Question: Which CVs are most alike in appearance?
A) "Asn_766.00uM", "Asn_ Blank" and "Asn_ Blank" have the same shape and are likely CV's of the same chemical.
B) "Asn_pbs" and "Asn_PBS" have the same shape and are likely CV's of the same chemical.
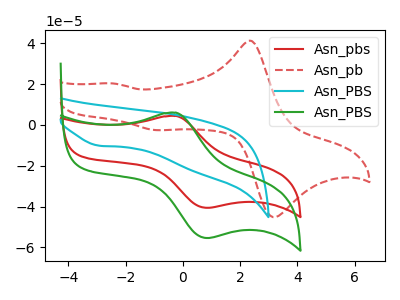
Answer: <think>The red curve "Asn_pbs" has an anodic peak at (-0.25V, 4.40uA) and a cathodic peak at (0.85V, -40.60uA). The red dashed curve "Asn_pb" has anodic peaks at (2.40V, 41.10uA) (-2.40V, 20.25uA) and cathodic peaks at (3.35V, -44.60uA) (-0.95V, -2.55uA). The cyan curve "Asn_PBS" has a cathodic peak at: (-2.90V, -10.20uA). The green curve "Asn_PBS" has an anodic peak at (-0.25V, 5.95uA) and a cathodic peak at (0.85V, -55.35uA).
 "Asn_pbs" and "Asn_pb" have a different number of peaks. "Asn_pbs" and "Asn_PBS" have a different number of peaks. All the peaks in "Asn_pbs" have a peak in "Asn_PBS" at the same potential. Every peak in "Asn_pbs" is lower than every peak in "Asn_PBS". "Asn_pb" and "Asn_PBS" have a different number of peaks. "Asn_pb" and "Asn_PBS" have a different number of peaks. "Asn_PBS" and "Asn_PBS" have a different number of peaks.</think>
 <answer>B) "Asn_pbs" and "Asn_PBS" have the same shape and are likely CV's of the same chemical.</answer>
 <eval>B</eval>